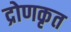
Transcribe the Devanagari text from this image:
द्रोणकृत